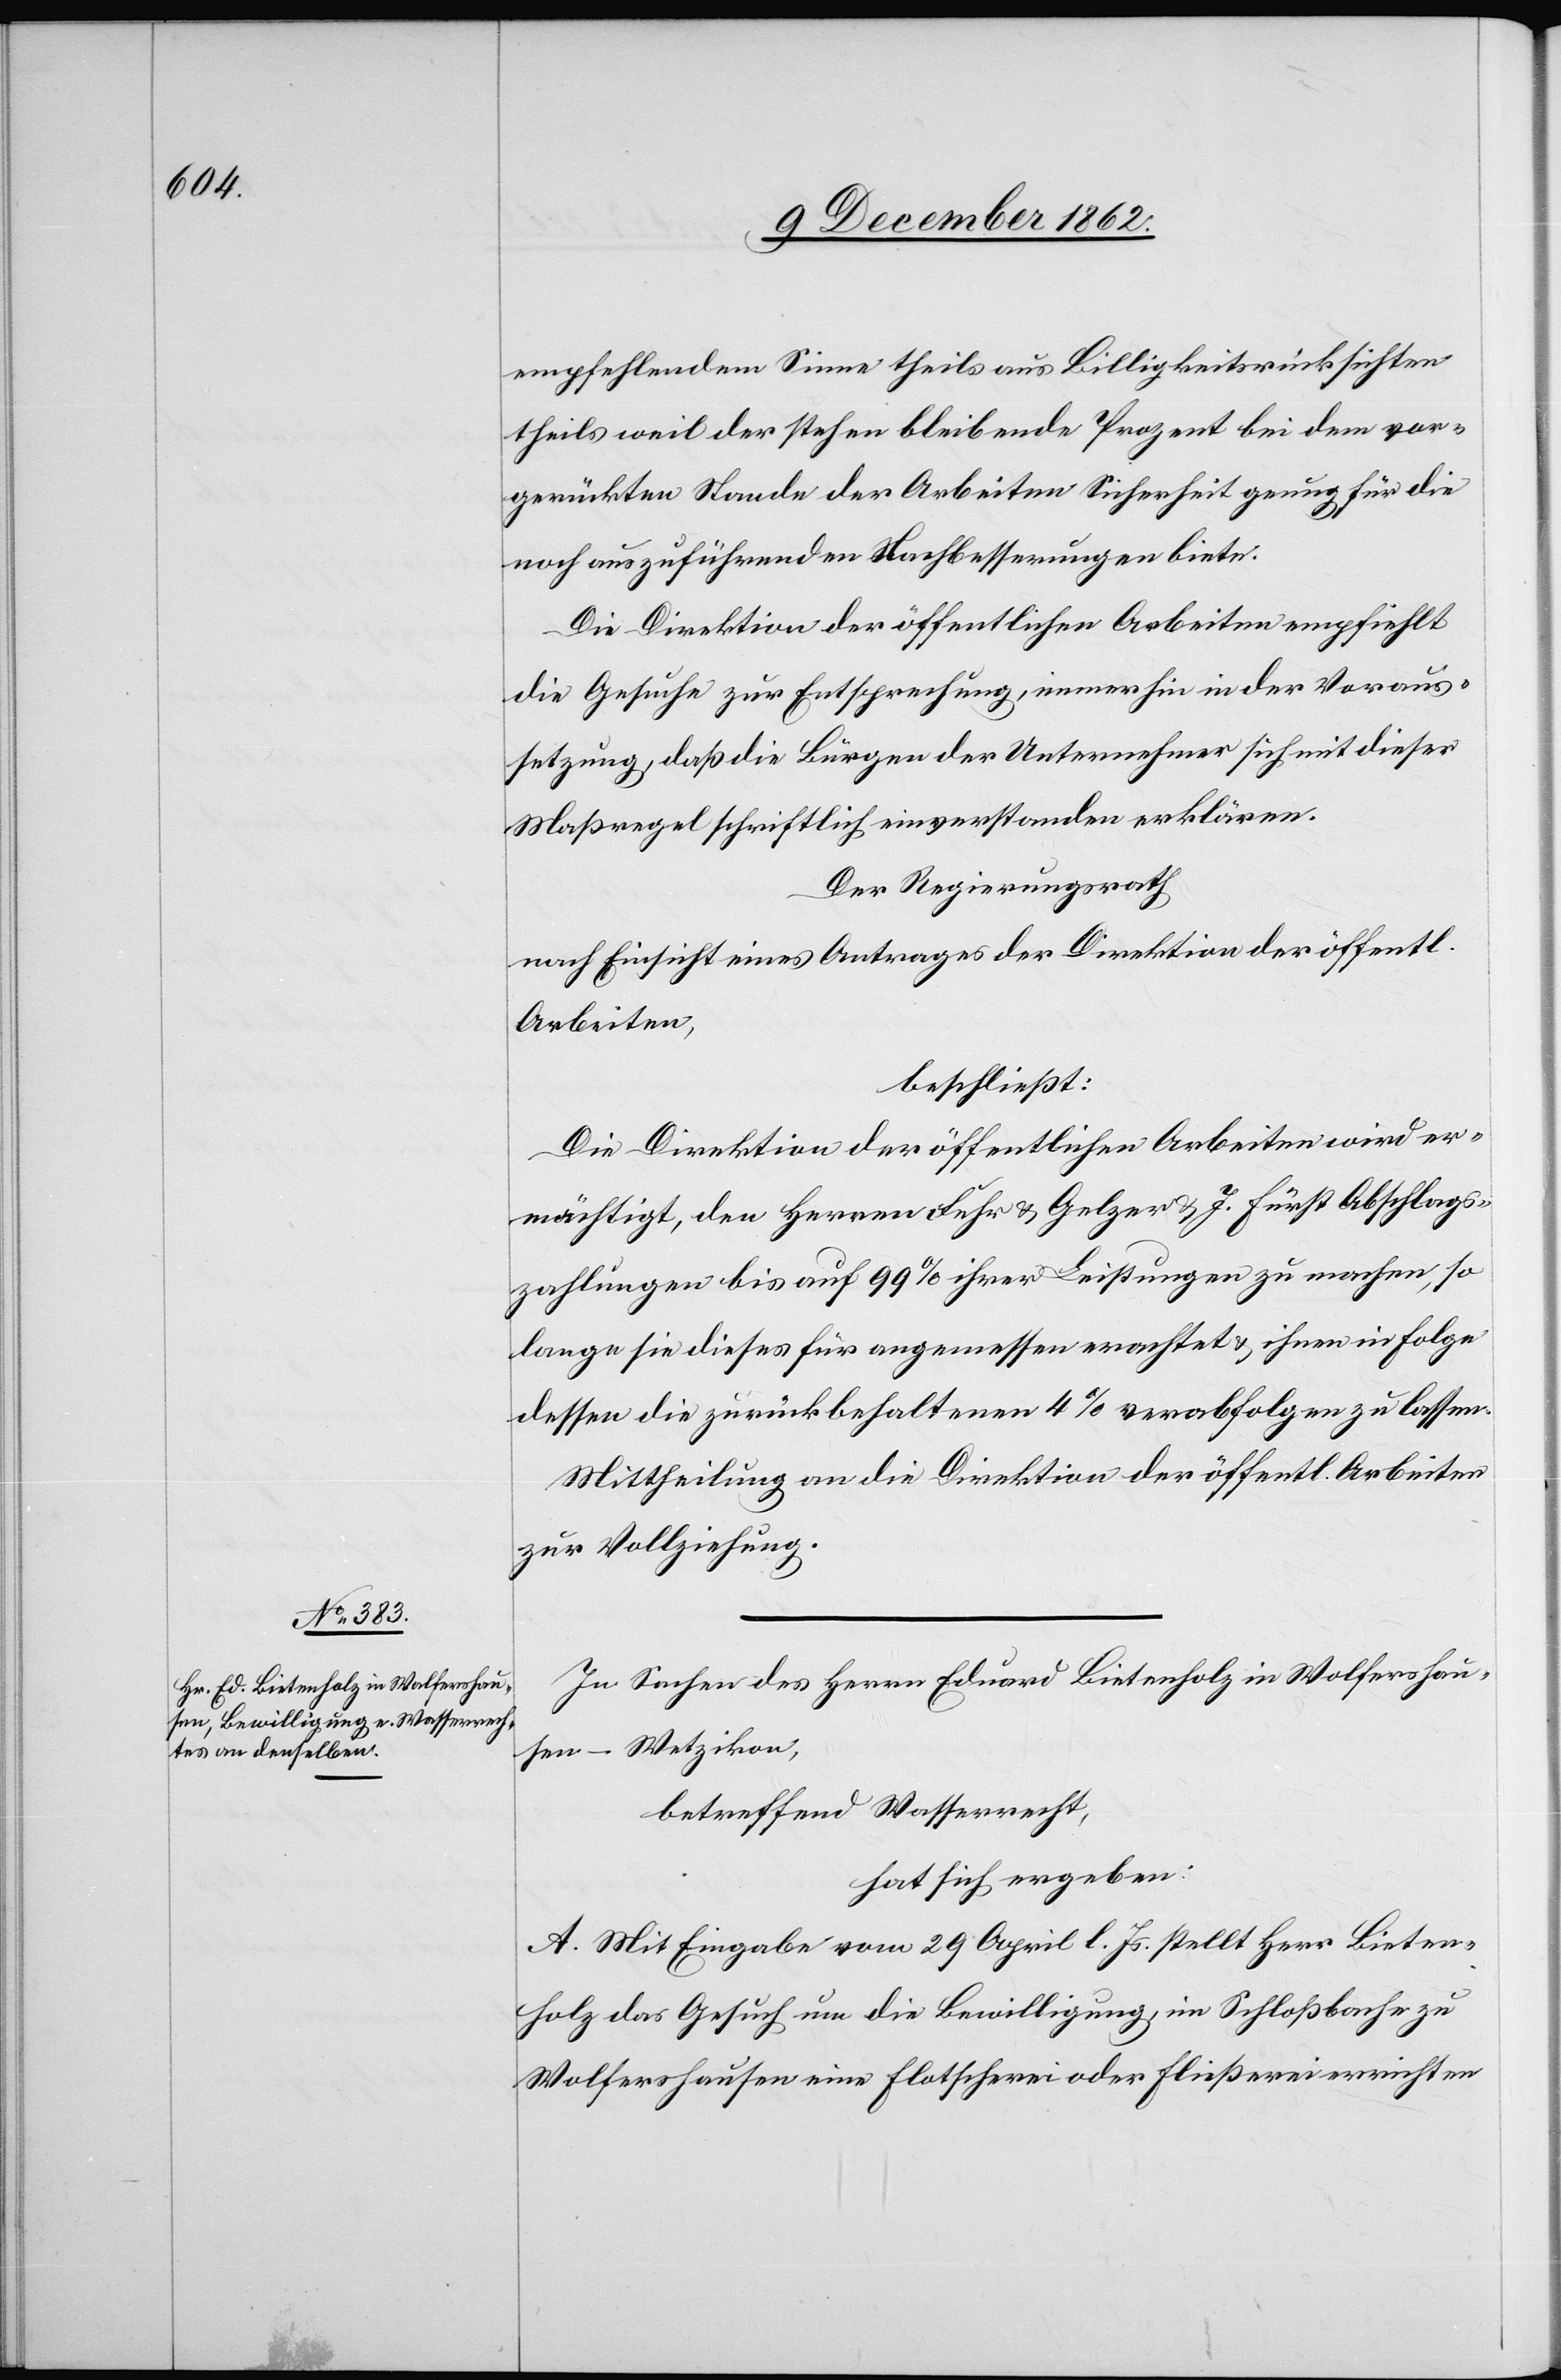
empfehlendem Sinne theils aus Billigkeitsrücksichten
theils weil der stehen bleibende Prozent bei dem vor¬
gerückten Stande der Arbeiten Sicherheit genug für die
noch auszuführenden Nachbesserungen biete.
Die Direktion der öffentlichen Arbeiten empfiehlt
die Gesuche zur Entsprechung, immerhin in der Voraus¬
setzung, daß die Bürgen der Unternehmer sich mit dieser
Maßregel schriftlich einverstanden erklären.
Der Regierungsrath
nach Einsicht eines Antrages der Direktion der öffentl.
Arbeiten,
beschließt:
Die Direktion der öffentlichen Arbeiten wird er¬
mächtigt, den Herren Fehr u. Gelzer u. J. Ernst Abschlags¬
zahlungen bis auf 99% ihrer Leistungen zu machen, so
lange sie dieses für angemessen erachtet u. ihnen in Folge
dessen die zurückbehaltenen 4% verabfolgen zu lassen.
Mittheilung an die Direktion der öffentl. Arbeiten
zur Vollziehung.
In Sachen des Herrn Eduard Bietenholz in Wolfershau¬
sen-Wetzikon,
betreffend Wasserrecht
hat sich ergeben:
A. Mit Eingabe vom 29. April l. Js. stellt Herr Bieten¬
holz das Gesuch um Bewilligung, im Schloßbache zu
Wolfershausen eine Flotscherei oder Fließerei errichten